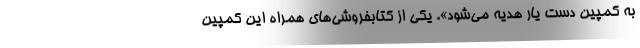
به کمپین دست یار هدیه می‌شود». یکی از کتابفروشی‌های همراه این کمپین